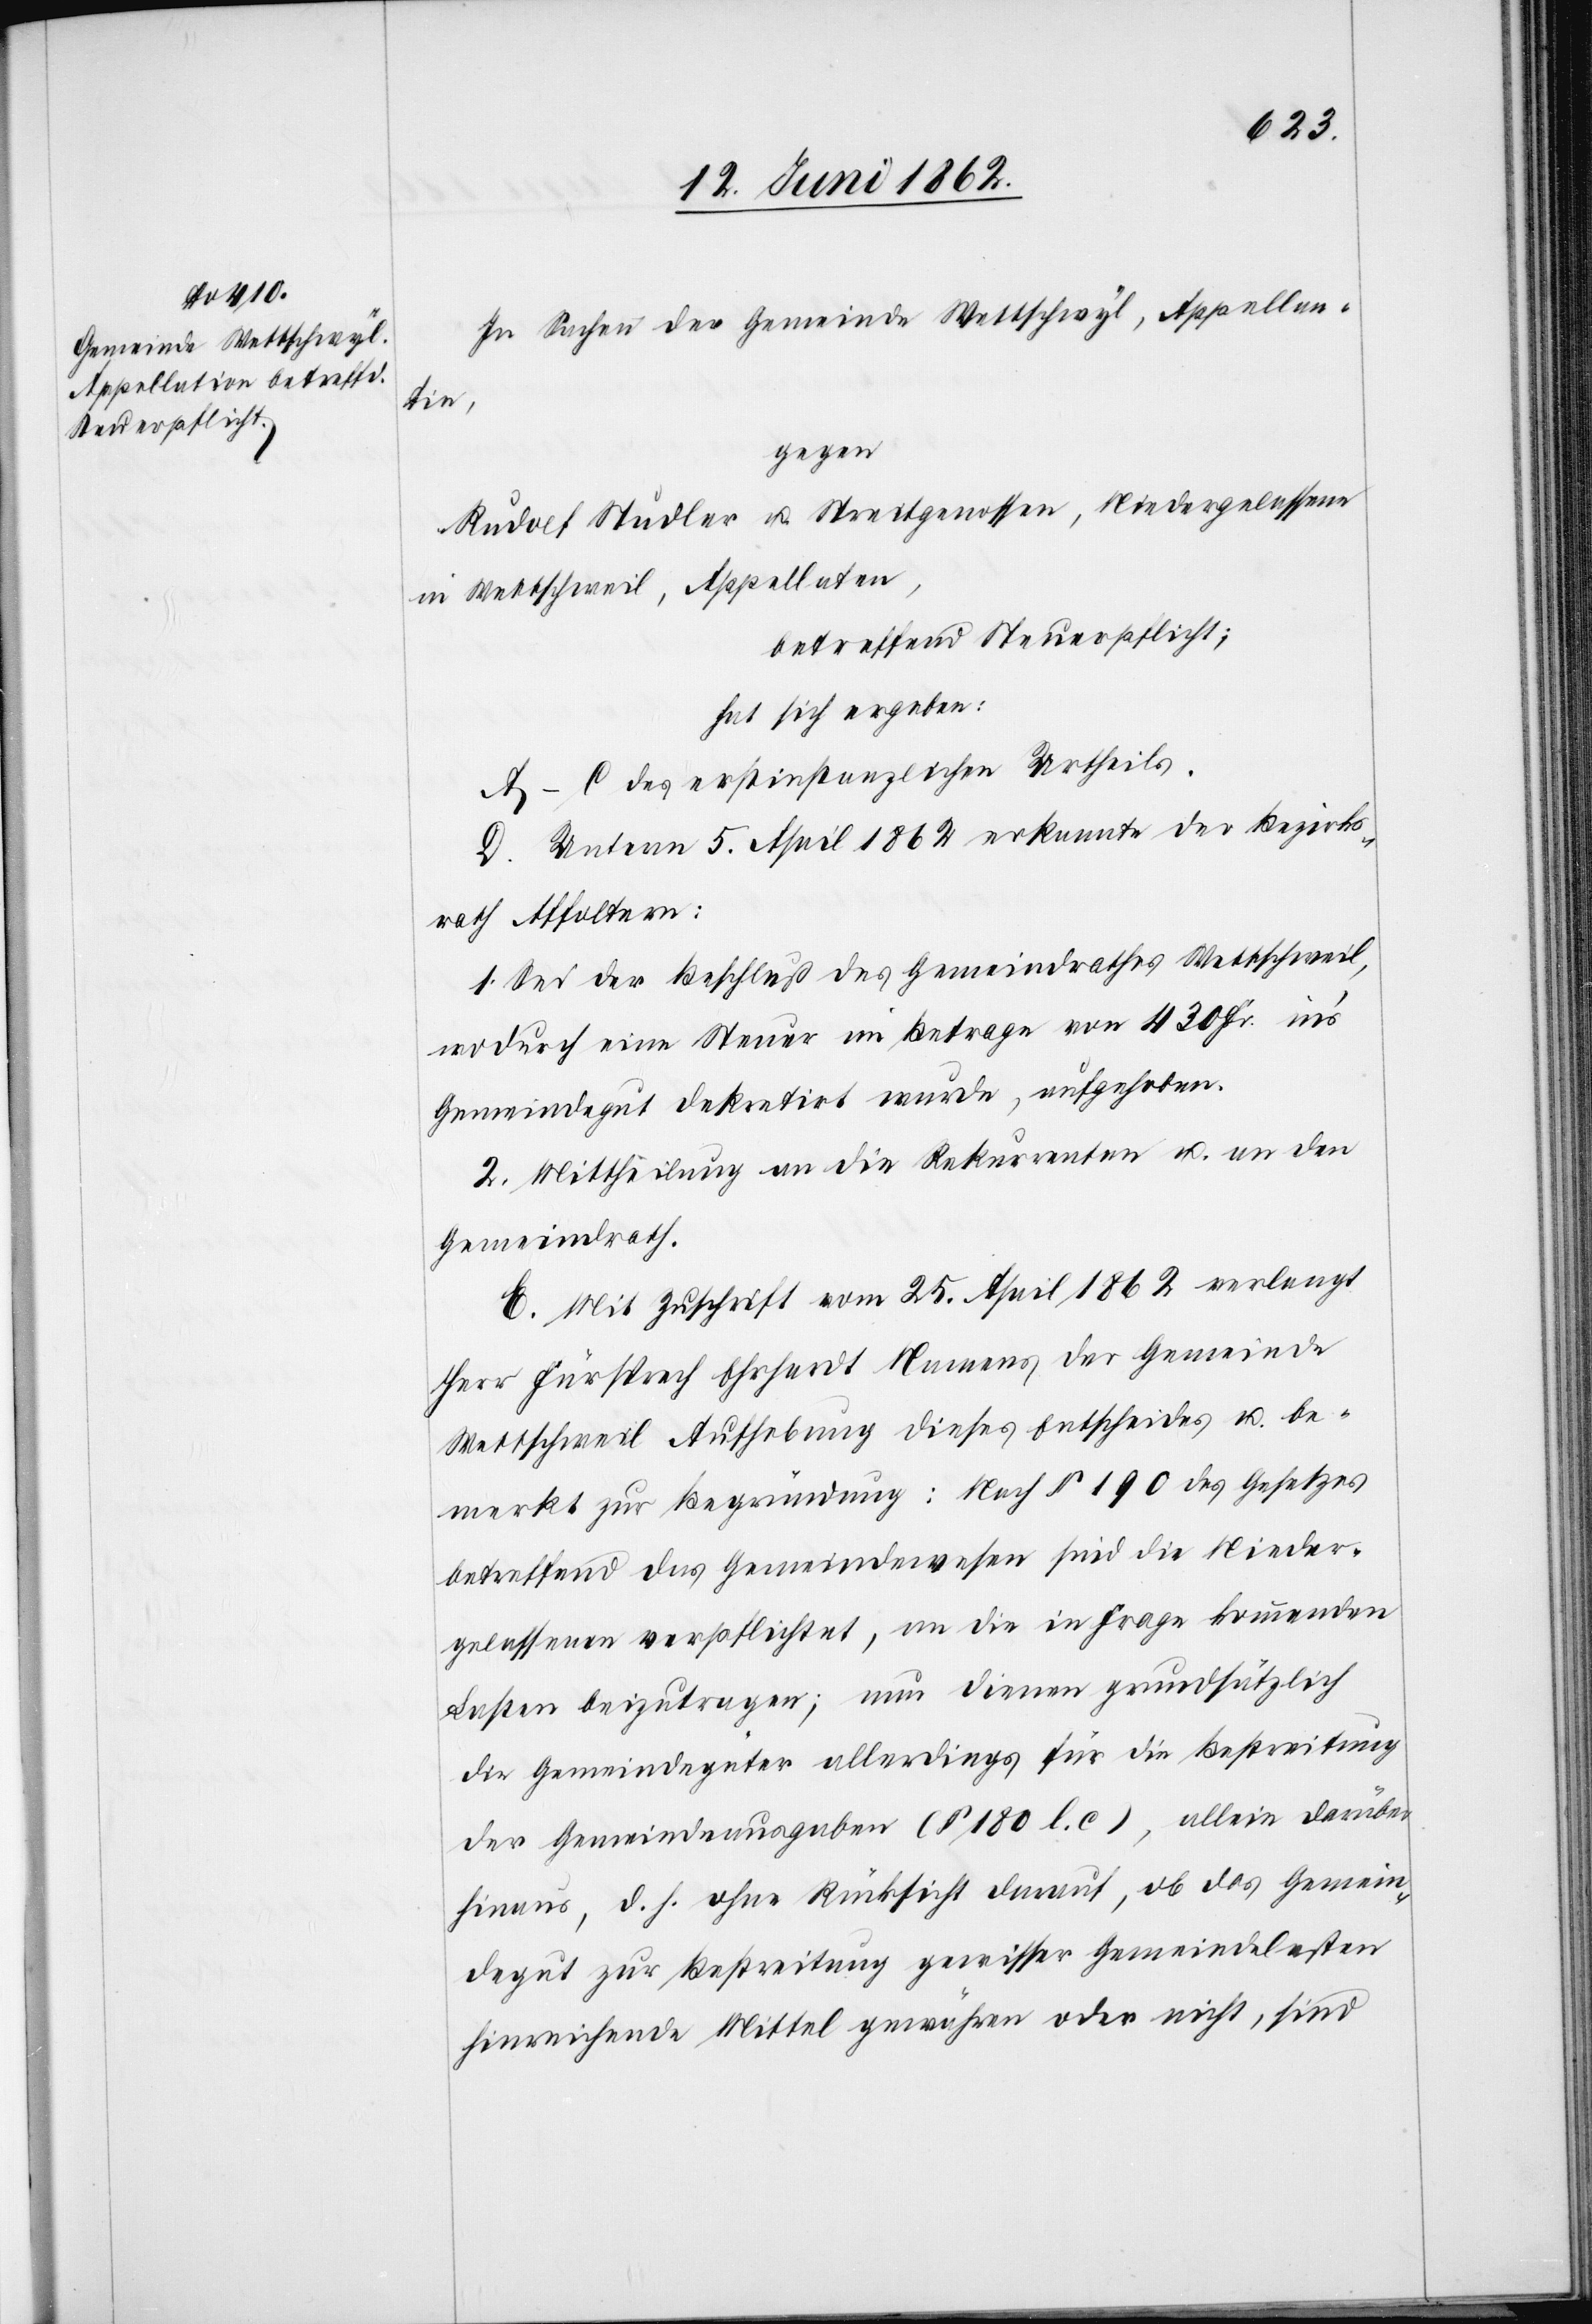
In Sachen der Gemeinde Wettschwyl, Appellan¬
tin,
gegen
Rudolf Studler u. Streitgenossen, Niedergelassene
in Wettschweil, Appellaten,
betreffend Steuerpflicht;
hat sich ergeben:
A–C des erstinstanzlichen Urtheils.
D. Unterm 5. April 1862 erkannte der Bezirks¬
rath Affoltern:
1. Sei der Beschluß des Gemeindrathes Wettschweil,
wodurch eine Steuer im Betrage von 430 Fr. in’s
Gemeindegut dekretirt wurde, aufgehoben.
2. Mittheilung an die Rekurrenten u. an den
Gemeindrath.
E. Mit Zuschrift vom 25. April 1862 verlangt
Herr Fürsprech Ehrhardt Namens der Gemeinde
Wettschweil Aufhebung dieses Entscheides u. be¬
merkt zur Begründung: Nach § 190 des Gesetzes
betreffend das Gemeindewesen sind die Nieder¬
gelassenen verpflichtet, an die in Frage kommenden
Lasten beizutragen; nun dienen grundsätzlich
die Gemeindegüter allerdings für die Bestreitung
der Gemeindeausgaben (§ 180 l. c), allein darüber
hinaus, d. h. ohne Rücksicht darauf, ob das Gemein¬
degut zur Bestreitung gewisser Gemeindelasten
hinreichende Mittel gewähren oder nicht, sind